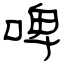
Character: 啤